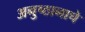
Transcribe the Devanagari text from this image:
अनुष्ठानाचे